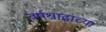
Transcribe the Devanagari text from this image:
वर्षश्राद्धाच्या